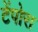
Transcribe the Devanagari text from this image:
टेंपोरा